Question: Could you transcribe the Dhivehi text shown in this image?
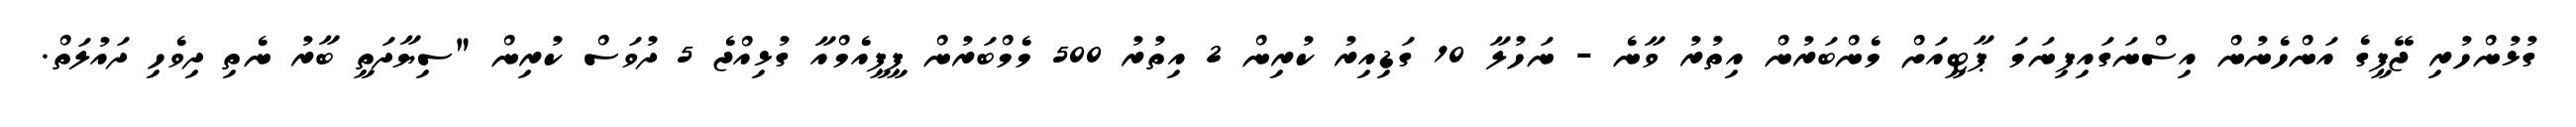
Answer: ގުޅުންހުރި ޖޭޕީގެ އަންހެނުން އިސްނަގައިފިނަމަ ޕާޓީއަށް މެންބަރުން އިތުރު ވާނެ - ނަހުލާ 10 ގަޑިއިރު ކުރިން 2 އިތުރު 500 މެމްބަރުން ޕީޕީއެމްއާ ގުޅިއްޖެ 5 ދުވަސް ކުރިން "ސިޔާދަތީ ބާރު ނެތި ދިވެހި ދައުލަތް.